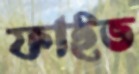
ফাইভ